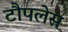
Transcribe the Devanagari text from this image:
टौपलेस